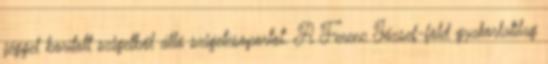
jéggel borított szigetből álló szigetcsoportot. A Ferenc József-föld gyakorlatilag